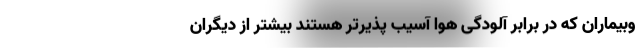
وبیماران که در برابر آلودگی هوا آسیب پذیرتر هستند بیشتر از دیگران